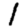
Digit: 1